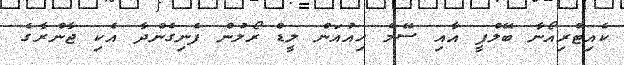
ކެއިޓްރިއޯނާ ބޭލްފީ އާއި ސޭމް ހިއުއަން ލީޑް ރޯލުން ފެނިގެންދާ އެކި ޖާންރާގެ